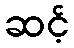
ဆင့်